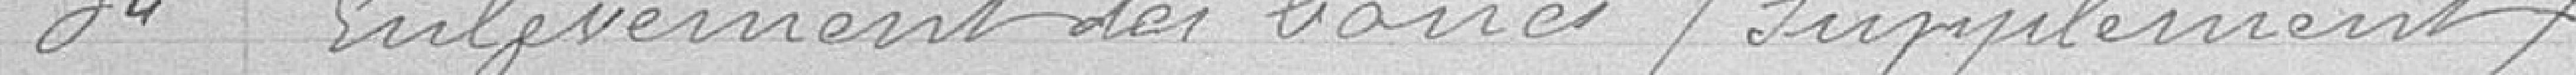
34 Enlèvement des barres / Supplément /